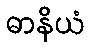
ဓာနိယံ